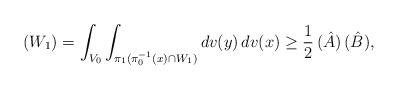
LaTeX: \begin{align*}(W_1) = \int_{V_0} \int_{\pi_1(\pi_0^{-1}(x) \cap W_1)} dv(y) \, dv(x) \geq \frac 12 \, (\hat A) \, (\hat B),\end{align*}